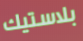
بلاستيك